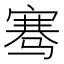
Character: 骞